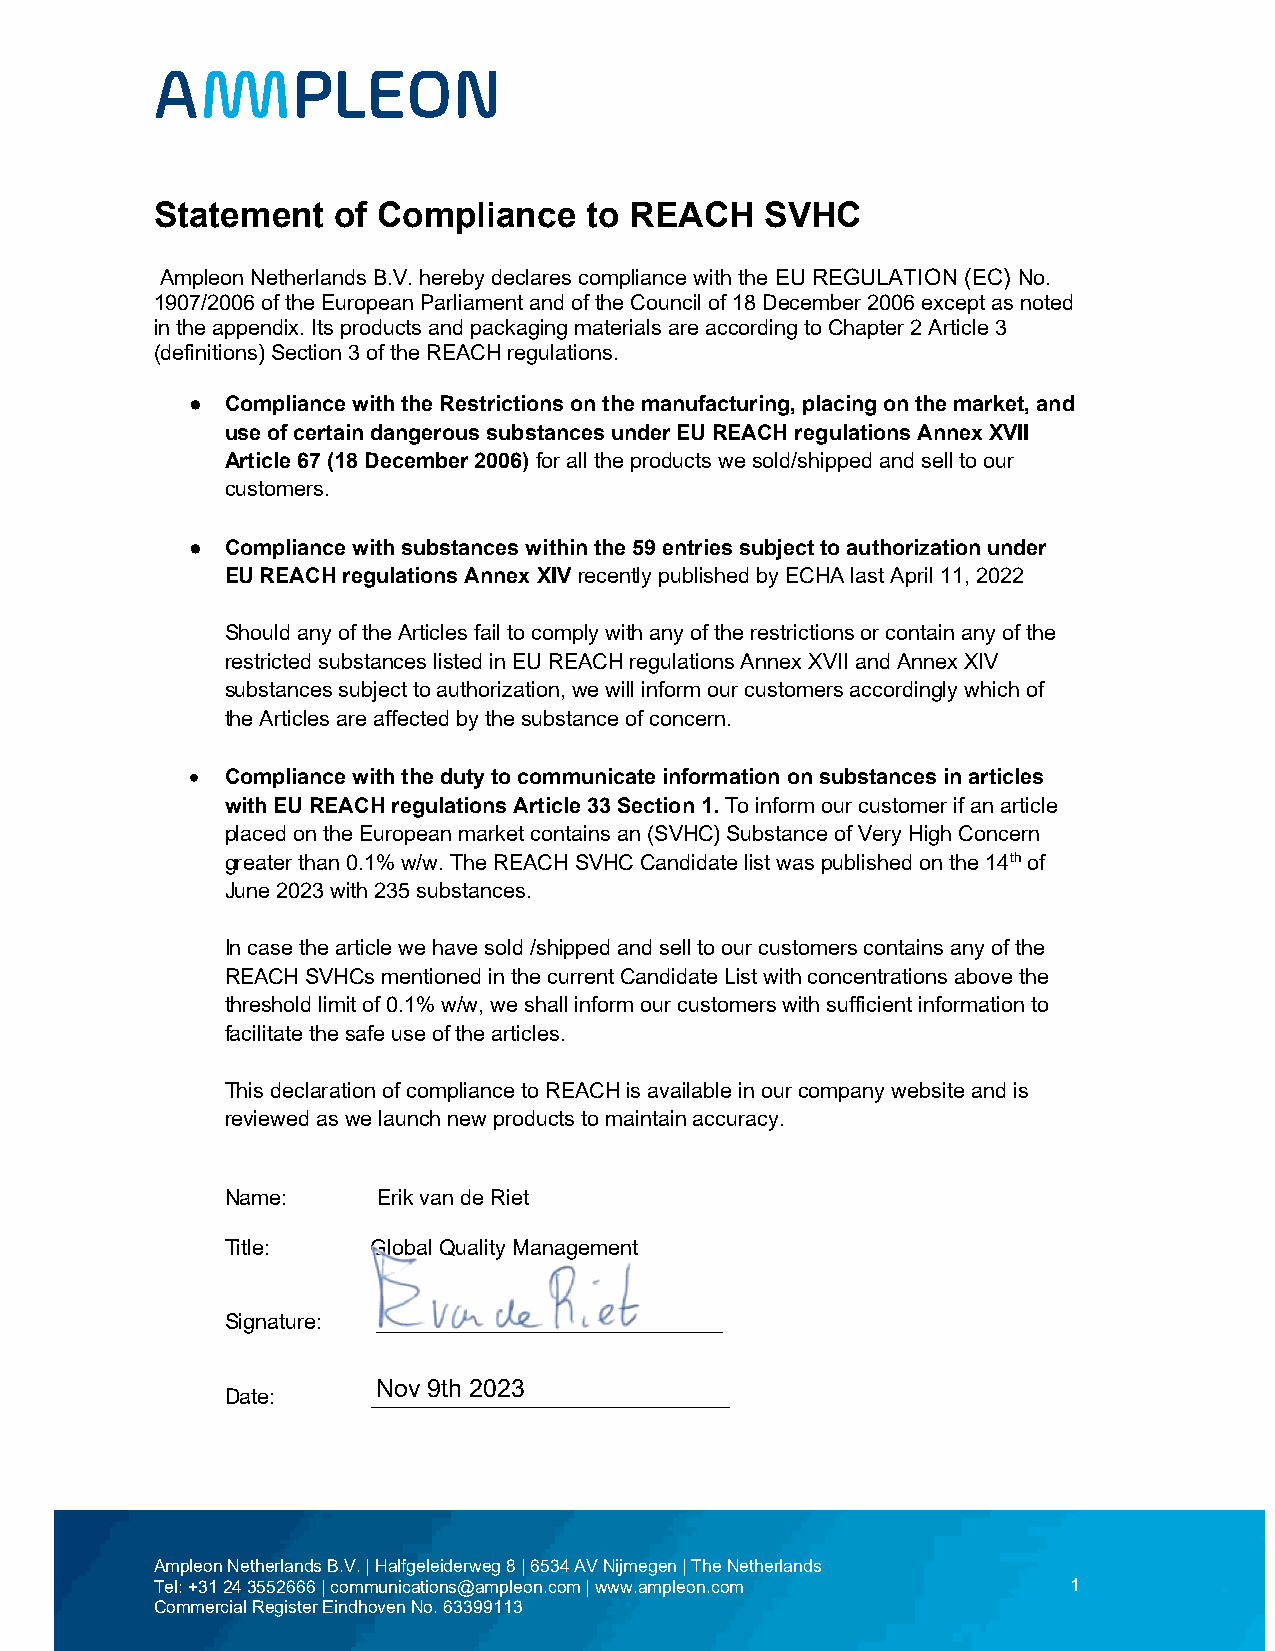
Statement   of Compliance    to REACH    SVHC
 Ampleon Netherlands B.V. hereby declares compliance with the EU REGULATION (EC) No.
 1907/2006 of the European Parliament and of the Council of 18 December 2006 except as noted
 in the appendix. Its products and packaging materials are according to Chapter 2 Article 3
 (definitions) Section 3 of the REACH regulations.
 ● Compliance with the Restrictions on the manufacturing, placing on the market, and
 use of certain dangerous substances under EU REACH regulations Annex XVII
 Article 67 (18 December 2006) for all the products we sold/shipped and sell to our
 customers.
 ● Compliance with substances within the 59 entries subject to authorization under
 EU REACH regulations Annex XIV recently published by ECHA last April 11, 2022
 Should any of the Articles fail to comply with any of the restrictions or contain any of the
 restricted substances listed in EU REACH regulations Annex XVII and Annex XIV
 substances subject to authorization, we will inform our customers accordingly which of
 the Articles are affected by the substance of concern.
  Compliance with the duty to communicate information on substances in articles
 with EU REACH regulations Article 33 Section 1. To inform our customer if an article
 placed on the European market contains an (SVHC) Substance of Very High Concern
 greater than 0.1% w/w. The REACH SVHC Candidate list was published on the 14th of
 June 2023 with 235 substances.
 In case the article we have sold /shipped and sell to our customers contains any of the
 REACH SVHCs mentioned in the current Candidate List with concentrations above the
 threshold limit of 0.1% w/w, we shall inform our customers with sufficient information to
 facilitate the safe use of the articles.
 This declaration of compliance to REACH is available in our company website and is
 reviewed as we launch new products to maintain accuracy.
 Name:     Erik van de Riet
 Title:    Global Quality Management
 Signature: _____________________________
 Date:     _N_o__v_ 9_t_h_ _2_0_2_3__________________
 Ampleon Netherlands B.V. | Halfgeleiderweg 8 | 6534 AV Nijmegen | The Netherlands
 Tel: +31 24 3552666 | communications@ampleon.com | www.ampleon.com 1
 Commercial Register Eindhoven No. 63399113